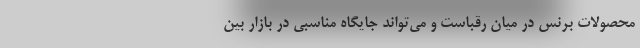
محصولات برنس در میان رقباست و می‌تواند جایگاه مناسبی در بازار بین